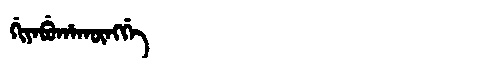
Manchu: ᡤᡳᠶᠠᠪᡠᡥᠠᡴᡡᠩᡤᡝ
Romanization: GIYABUHAKŪNGGE